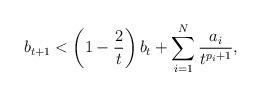
LaTeX: \begin{align*} b_{t+1} < \left(1 - \frac{2}{t} \right)b_{t} + \sum_{i=1}^{N}\frac{a_{i}}{t^{p_{i}+1}}, \end{align*}